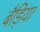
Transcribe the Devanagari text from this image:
बैड़िया